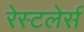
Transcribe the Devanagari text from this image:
रेस्टलेर्स